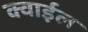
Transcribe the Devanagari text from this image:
क्वाईल